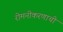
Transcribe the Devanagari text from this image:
रोमनीकरणाची